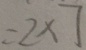
= 2 \times 7